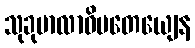
သုခုမာလာဓိပတေယျေန